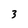
Character: 3